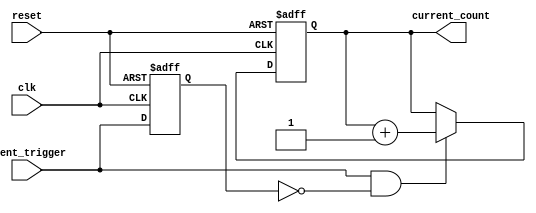
module event_triggered_counter (
    input wire clk,                // System clock
    input wire reset,              // Asynchronous reset
    input wire event_trigger,      // Event trigger signal
    output reg [7:0] current_count // Current count value (8-bit)
);

    // Memory block to store the current count value
    reg [7:0] memory_block; // 8-bit memory block

    // Edge detection for the event_trigger signal
    reg event_trigger_prev; // Previous state of the event_trigger signal

    always @(posedge clk or posedge reset) begin
        if (reset) begin
            // Initialize the counter and memory block to zero on reset
            memory_block <= 8'b0;
            current_count <= 8'b0;
            event_trigger_prev <= 1'b0;
        end else begin
            // Detect rising edge of event_trigger
            if (event_trigger && !event_trigger_prev) begin
                // Read current count from memory block
                current_count <= memory_block;

                // Increment the count
                current_count <= current_count + 1;

                // Write updated count back to memory block
                memory_block <= current_count;
            end
            
            // Update previous state of event_trigger
            event_trigger_prev <= event_trigger;
        end
    end

endmodule